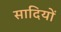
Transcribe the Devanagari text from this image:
सादियों